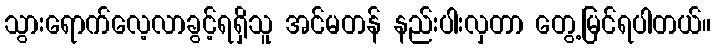
သွားရောက်လေ့လာခွင့်ရရှိသူ အင်မတန် နည်းပါးလှတာ တွေ့မြင်ရပါတယ်။